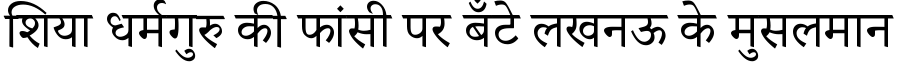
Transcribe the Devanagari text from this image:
शिया धर्मगुरु की फांसी पर बँटे लखनऊ के मुसलमान